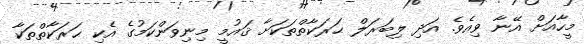
މީހާއަށް އޭނާ ވިއެވެ. އަދި ލިބަރަލް ޙަރަކާތްތަކަށާ ޤައުމީ މިނިވަންކަމުގެ އެކި ޙަރަކާތްތަކާ